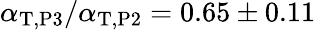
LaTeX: \alpha_{\mathrm{T},\mathrm{P3}}/\alpha_{\mathrm{T},\mathrm{P2}}=0.65\pm 0.11